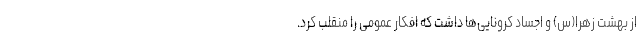
از بهشت زهرا(س) و اجساد کرونایی‌ها داشت که افکار عمومی را منقلب کرد.